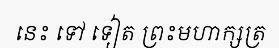
នេះ ទៅ ទៀត ព្រះមហាក្សត្រ